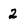
Character: 2